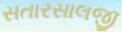
સતારસાલજી